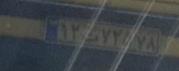
۱۲ت۷۲۵۷۸